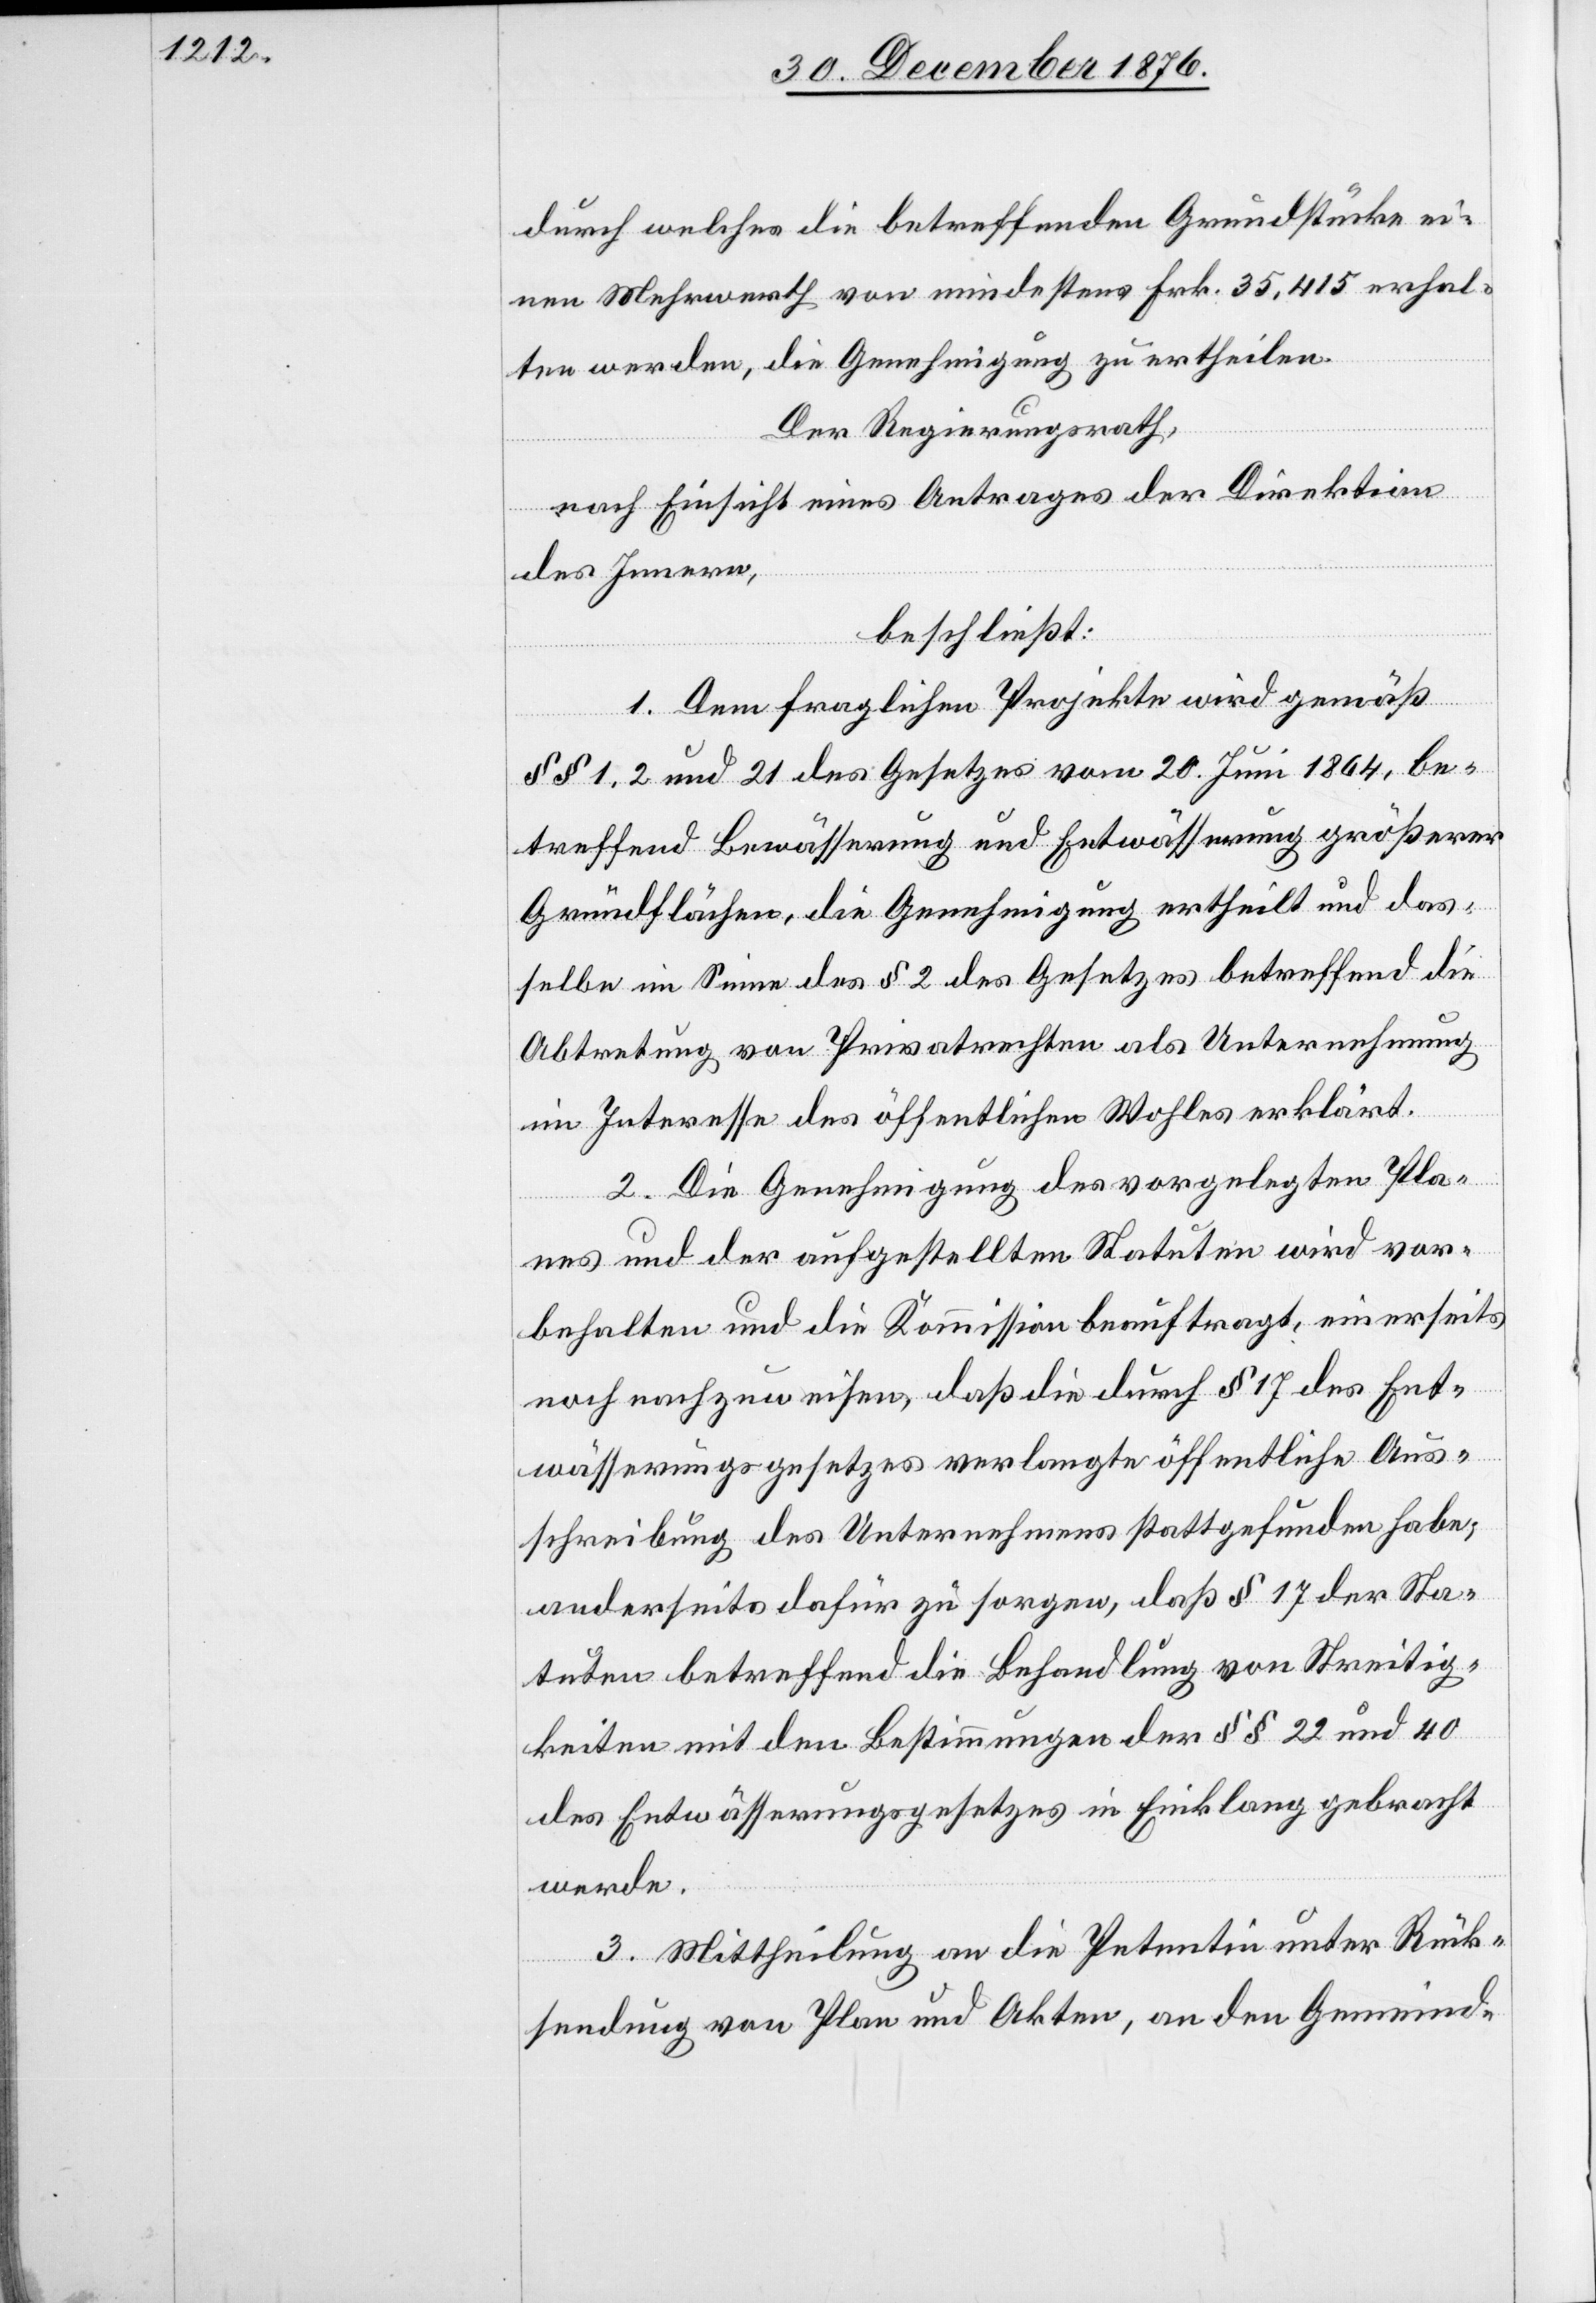
durch welches die betreffenden Grundstücke ei¬
nen Mehrwerth von mindestens Frk. 35,415 erhal¬
ten werden, die Genehmigung zu ertheilen.
Der Regierungsrath,
nach Einsicht eines Antrages der Direktion
des Innern,
beschließt:
1. Dem fraglichen Projekte wird gemäß
§§ 1, 2 und 21 des Gesetzes vom 20. Juni 1864, be¬
treffend Bewässerung und Entwässerung größerer
Grundflächen, die Genehmigung ertheilt und das¬
selbe im Sinne des § 2 des Gesetzes betreffend die
Abtretung von Privatrechten als Unternehmung
im Interesse des öffentlichen Wohles erklärt.
2. Die Genehmigung des vorgelegten Pla¬
nes und der aufgestellten Statuten wird vor¬
behalten und die Kommission beauftragt, einerseits
noch nachzuweisen, daß die durch § 17 des Ent¬
wässerungsgesetzes verlangte öffentliche Aus¬
schreibung des Unternehmens stattgefunden habe;
anderseits dafür zu sorgen, daß § 17 der Sta¬
tuten betreffend die Behandlung von Streitig¬
keiten mit den Bestimmungen der §§ 22 und 40
des Entwässerungsgesetzes in Einklang gebracht
werde.
3. Mittheilung an die Petentin unter Rück¬
sendung von Plan und Akten, an den Gemeind-